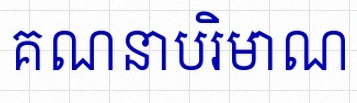
គណនាបរិមាណ